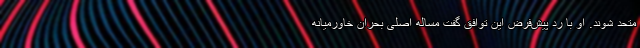
متحد شوند. او با رد پیش‌فرض این توافق گفت مساله اصلی بحران خاورمیانه